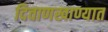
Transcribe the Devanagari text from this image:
दिवाणखाण्यात